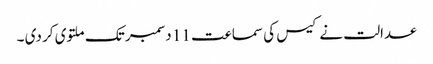
عدالت نے کیس کی سماعت 11 دسمبر تک ملتوی کر دی ۔